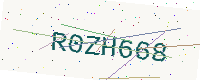
Text: R0ZH668